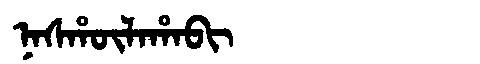
Manchu: ᠨᠠᠰᡥᡡᠯᠠᡥᠠᠪᡳ
Romanization: NASHŪLAHABI